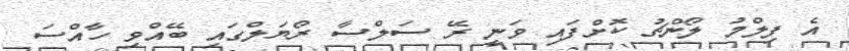
އެ ފިލްމު ލޯންޗު ކޮށްފައި ވަނީ ރޭ ސަލްސާ ރޯޔަލްގައި ބޭއްވި ހާއްސަ